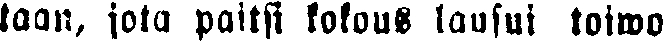
taan, jota paitsi kokous lausui toiwo